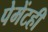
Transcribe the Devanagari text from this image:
पेमेंटही